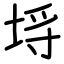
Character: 埓